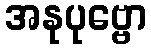
အနုပုဗ္ဗော